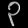
Digit: ၃